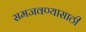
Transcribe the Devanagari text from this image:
समजवण्यासाठी